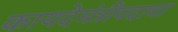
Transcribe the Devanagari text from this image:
कायदेमंत्रीपदाचा